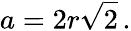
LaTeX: a={2r}{\sqrt{2}}\, .